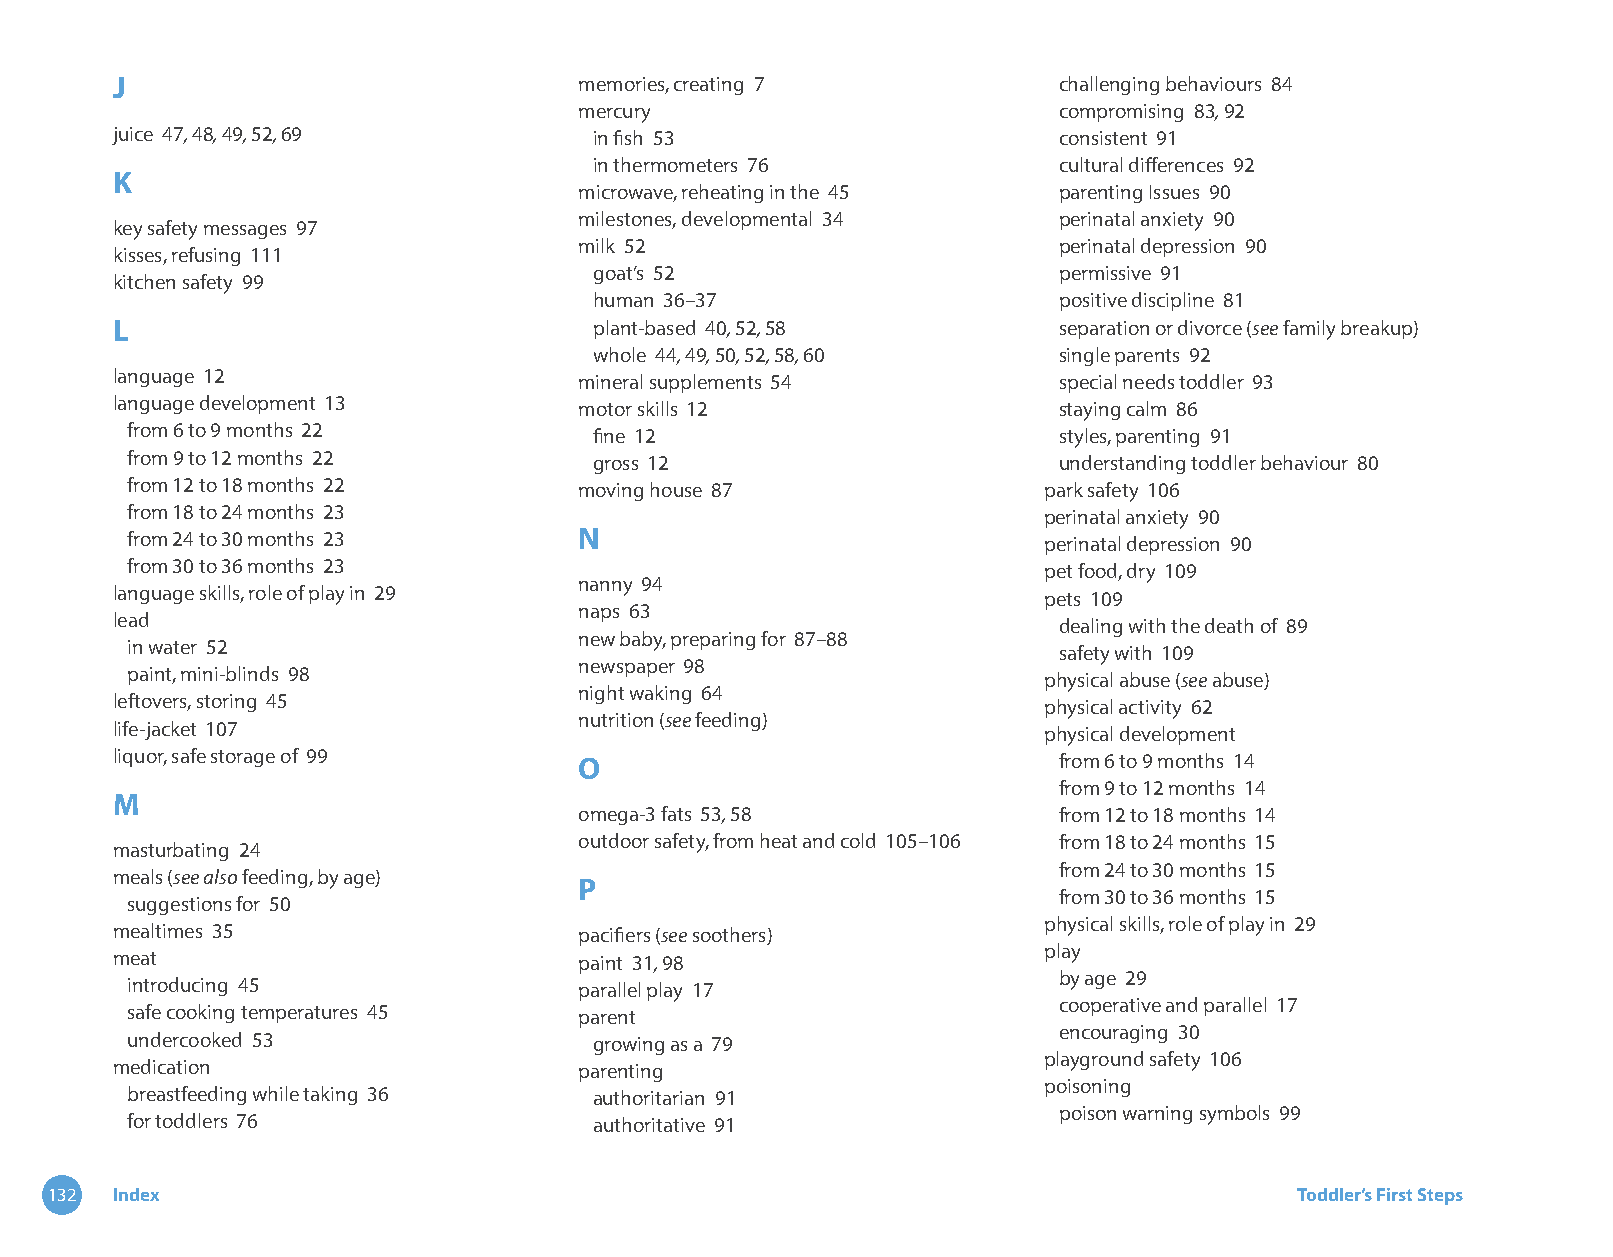
J                              memories, creating 7            challenging behaviours 84
 mercury                         compromising 83, 92
 juice 47, 48, 49, 52, 69        in fish 53                     consistent 91
 in thermometers 76             cultural differences 92
 K
 microwave, reheating in the 45  parenting Issues 90
 milestones, developmental 34    perinatal anxiety 90
 key safety messages 97
 milk 52                         perinatal depression 90
 kisses, refusing 111
 goat’s 52                      permissive 91
 kitchen safety 99
 human 36–37                    positive discipline 81
 L                               plant-based 40, 52, 58         separation or divorce (see family breakup)
 whole 44, 49, 50, 52, 58, 60   single parents 92
 language 12                    mineral supplements 54          special needs toddler 93
 language development 13        motor skills 12                 staying calm 86
 from 6 to 9 months 22          fine 12                        styles, parenting 91
 from 9 to 12 months 22         gross 12                       understanding toddler behaviour 80
 from 12 to 18 months 22       moving house 87                park safety 106
 from 18 to 24 months 23                                      perinatal anxiety 90
 from 24 to 30 months 23       N                              perinatal depression 90
 from 30 to 36 months 23                                      pet food, dry 109
 nanny 94
 language skills, role of play in 29                           pets 109
 naps 63
 lead                                                           dealing with the death of 89
 new baby, preparing for 87–88
 in water 52                                                   safety with 109
 newspaper 98
 paint, mini-blinds 98                                        physical abuse (see abuse)
 night waking 64
 leftovers, storing 45                                         physical activity 62
 nutrition (see feeding)
 life-jacket 107                                               physical development
 liquor, safe storage of 99     O                               from 6 to 9 months 14
 from 9 to 12 months 14
 M
 omega-3 fats 53, 58             from 12 to 18 months 14
 outdoor safety, from heat and cold 105–106 from 18 to 24 months 15
 masturbating 24
 from 24 to 30 months 15
 meals (see also feeding, by age)
 P
 from 30 to 36 months 15
 suggestions for 50
 physical skills, role of play in 29
 mealtimes 35                   pacifiers (see soothers)
 play
 meat                           paint 31, 98
 by age 29
 introducing 45                parallel play 17
 cooperative and parallel 17
 safe cooking temperatures 45  parent
 encouraging 30
 undercooked 53                 growing as a 79
 playground safety 106
 medication                     parenting
 poisoning
 breastfeeding while taking 36  authoritarian 91
 poison warning symbols 99
 for toddlers 76                authoritative 91
 132 Index                                                                          Toddler’s First Steps